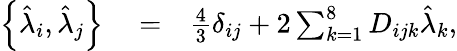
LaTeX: \begin{array}{rlr}{\left\{ \hat{\lambda}_{i},\hat{\lambda}_{j}\right\} }&{{}=}&{\frac{4}{3}\delta_{ij}+2\sum_{k=1}^{8}D_{ijk}\hat{\lambda}_{k},}\end{array}